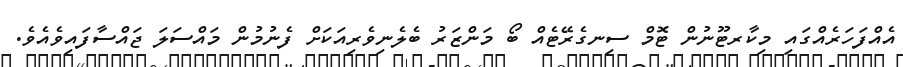
އެއްފަހަރެއްގައި މިކާރޓޫނުން ޓޮމް ސިނގެރޭޓެއް ބޯ މަންޒަރު ބެލެނިވެރިއަކަށް ފެނުމުން މައްސަލަ ޖައްސާފައިވެއެވެ.